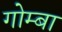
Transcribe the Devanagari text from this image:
गोम्बा